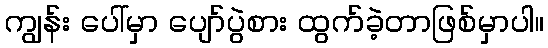
ကျွန်း ပေါ်မှာ ပျော်ပွဲစား ထွက်ခဲ့တာဖြစ်မှာပါ။